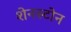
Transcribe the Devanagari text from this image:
शेनस्टोन